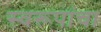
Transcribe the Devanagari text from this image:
स्वरूपांचा